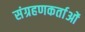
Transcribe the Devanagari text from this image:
संग्रहणकर्ताओं